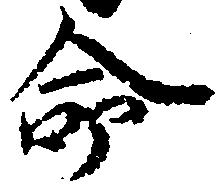
命